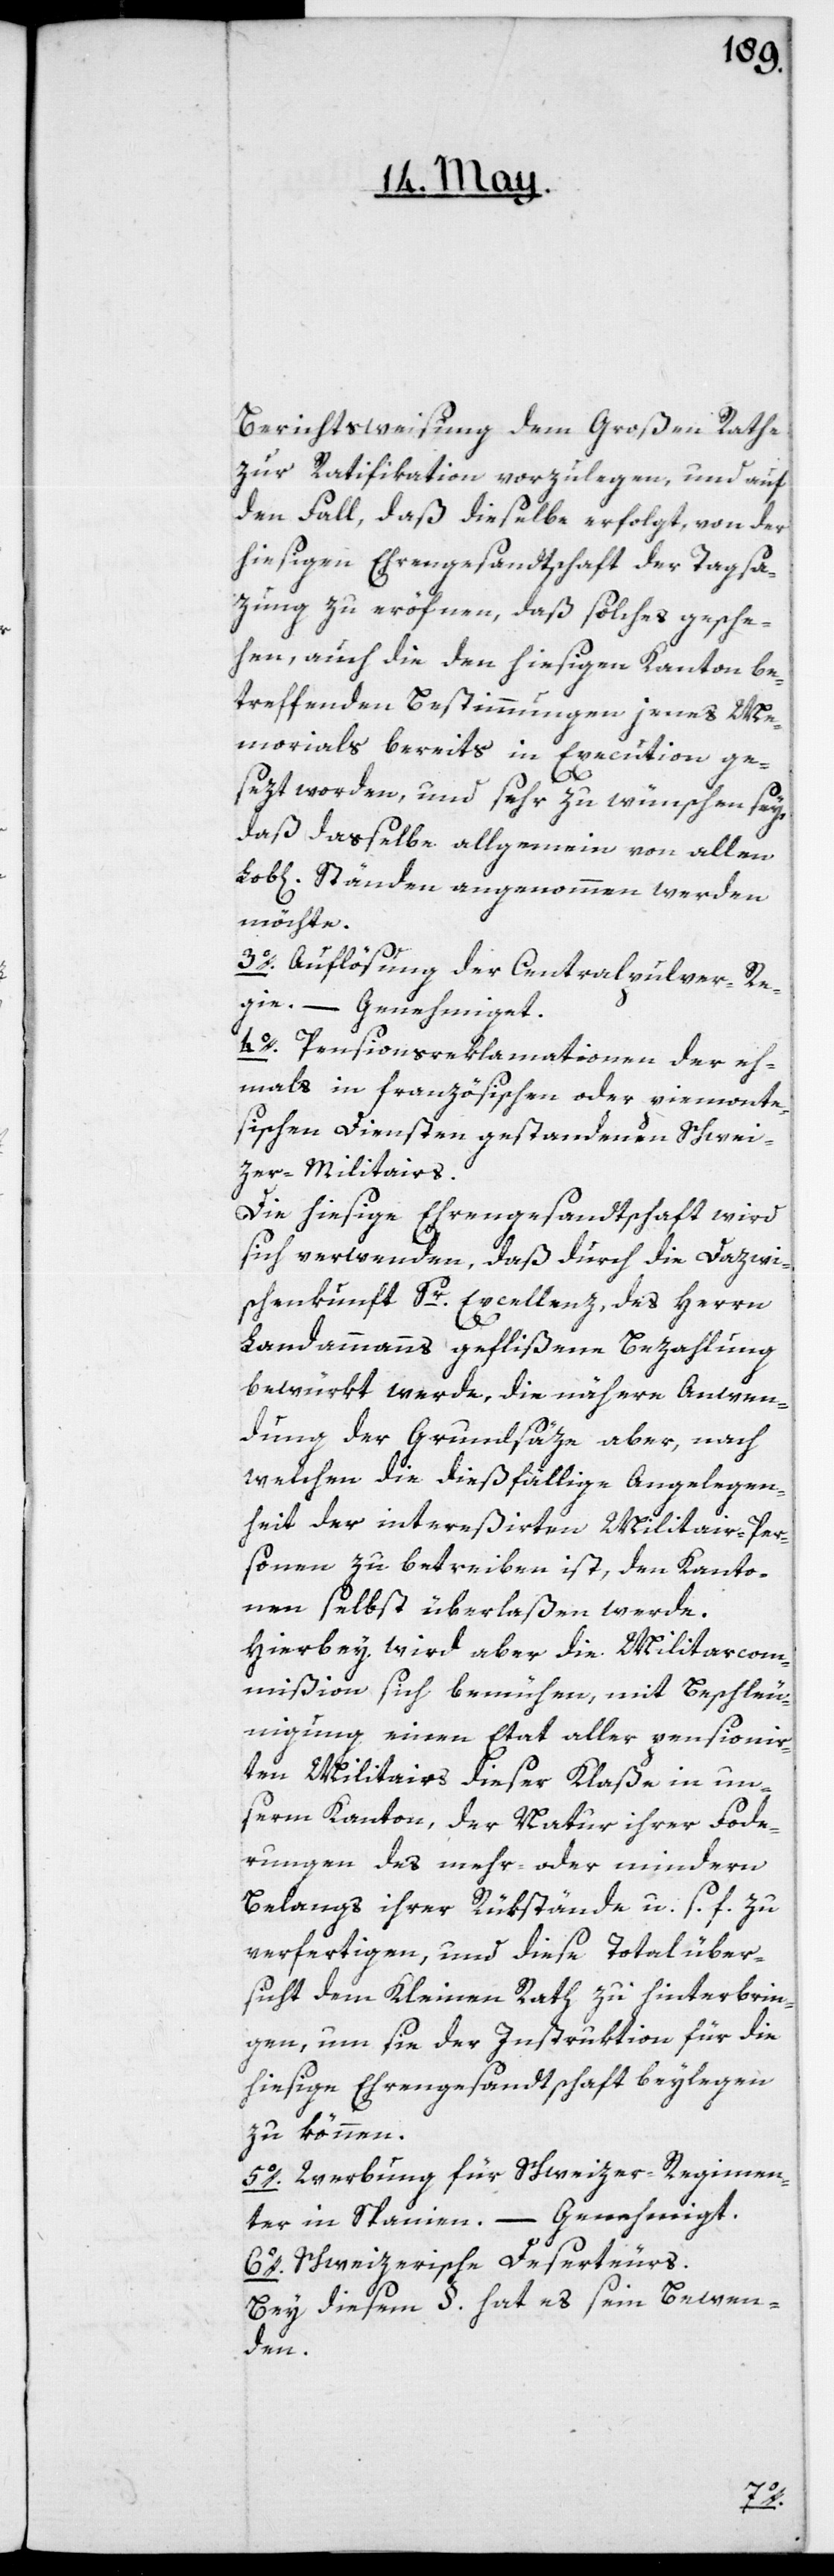
Berichtsweisung dem Großen Rathe
zur Ratifikation vorzulegen, und auf
den Fall, daß dieselbe erfolgt, von der
hiesigen Ehrengesandtschaft der Tagsa¬
zung zu eröfnen, daß solches gesche¬
hen, auch die den hiesigen Kanton be¬
treffenden Bestimmungen jenes Me¬
morials bereits in Execution ge¬
ter
sezt worden, und sehr zu wünschen sey,
daß dasselbe allgemein von allen
Lob[lichen] Ständen angenommen werden
möchte.
3o. Auflösung der Central-Pulver-Re¬
Genehmiget.
4o. Pensionsreklamationen der eh¬
emals in französischen oder piemonte¬
sischen Diensten gestandenen Schwei¬
zer-Militairs.
Die hiesige Ehrengesandtschaft wird
sich verwenden, daß durch die Dazwi¬
schenkunft Sr Excellenz, des Herrn
Landammanns geflißene Bezahlung
bewürkt werde, die nähere Anwen¬
dung der Grundsäze aber, nach
welchen die dießfällige Angelegen¬
heit der intereßirten Militair-Per¬
sonen zu beschreiben ist, den Kanto¬
nen selbst überlaßen werde.
Hierbey wird aber die Militarcom¬
mißion sich bemühen, mit Beschleu¬
nigung einen Etat aller pensionir¬
ten Militairs dieser Klaße in un¬
serm Kanton, der Natur ihrer Forde¬
rungen des mehr oder mindern
Belangs ihrer Rükstände u. s. f. zu
verfertigen, und diese Totalüber¬
sicht dem Kleinen Rath zu hinterbrin¬
gen, um sie der Instruktion für die
hiesige Ehrengesandtschaft beylegen
zu können.
5o. Werbung für Schweizer-Regimen¬
6o. Schweizerische Deserteurs.
Bey diesem §. hat es sein Bewen¬
den.